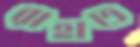
রাহাত